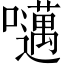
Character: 𫬱